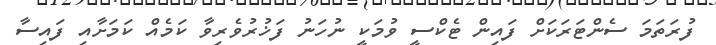
ފުރަތަމަ ސެންޓަރަކަށް ފައިން ޓެކްސީ ވުމަކީ ނުހަނު ފަޚުރުވެރިވާ ކަމެއް ކަމަށާއި ފައިސާ